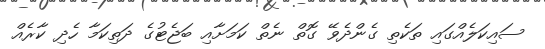
ސައިކަލެއްގައި ތަކެތި ގެންދެވޭ ގޮތް ނެތް ކަމަށާއި ބަޖެޓުގެ ދަތިކަމާ ހެދި ކާރެއް